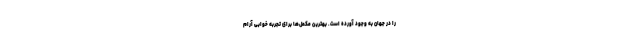
را در جهان به وجود آورده است. بهترین مکمل‌ها برای تجربه خوابی آرام